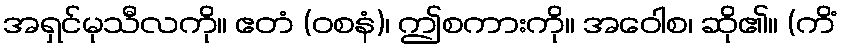
အရှင်မုသီလကို။ ဧတံ (ဝစနံ)၊ ဤစကားကို။ အဝေါစ၊ ဆို၏။ (ကိံ